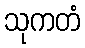
သုကတံ